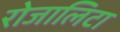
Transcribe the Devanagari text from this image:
रोजालिटा